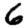
Digit: 6